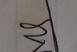
Signature authenticity: genuine